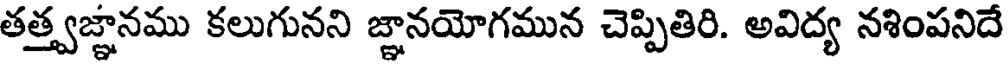
తత్త్వజ్ఞానము కలుగునని జ్ఞానయోగమున చెప్పితిరి. అవిద్య నశింపనిదే